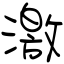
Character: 激